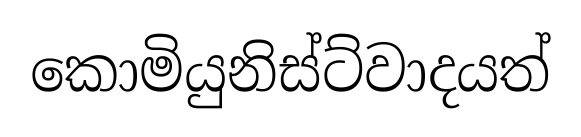
කොමියුනිස්ට්වාදයත්